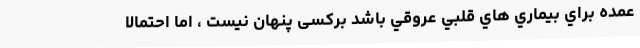
عمده براي بيماري هاي قلبي عروقي باشد برکسی پنهان نیست ، اما احتمالاً